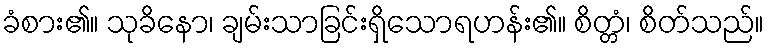
ခံစား၏။ သုခိနော၊ ချမ်းသာခြင်းရှိသောရဟန်း၏။ စိတ္တံ၊ စိတ်သည်။